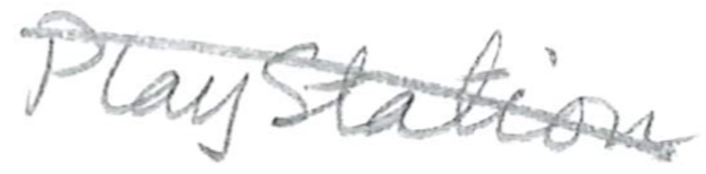
Text: 2.
Cross-out: diagonal
Writing tool: pencil